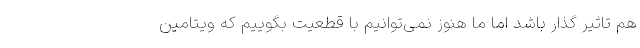
هم تاثیر گذار باشد اما ما هنوز نمی‌توانیم با قطعیت بگوییم که ویتامین